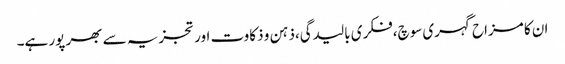
ان کا مزاح گہری سوچ،فکری بالیدگی،ذہن و ذکاوت اور تجزیہ سے بھر پور ہے۔